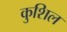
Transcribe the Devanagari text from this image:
कुशिल